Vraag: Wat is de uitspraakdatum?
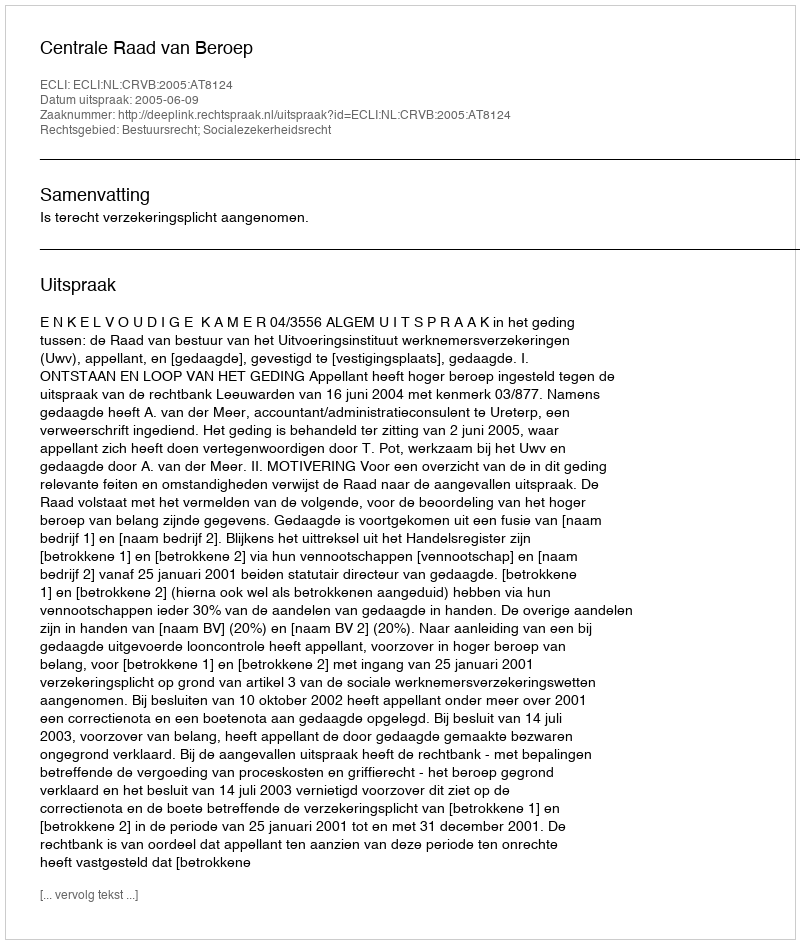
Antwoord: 2005-06-09